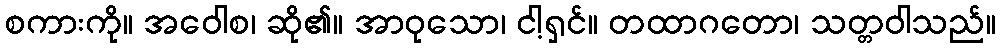
စကားကို။ အဝေါစ၊ ဆို၏။ အာဝုသော၊ ငါ့ရှင်။ တထာဂတော၊ သတ္တဝါသည်။